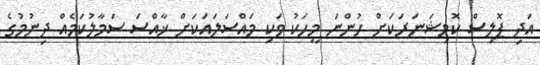
އަދި ޕޮލިސް ކޮމިޝަނަރަކަށް ހުންނަ މީހަކު ވަކި މައްސަލައަކަށް ޚާއްސަ ސަމާލުކަމެއް ދިނުމުގެ